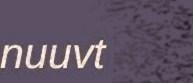
nuuvt